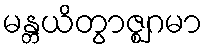
မန္တယိတွာဇ္ဈဂမာ